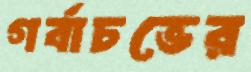
গর্বাচভের